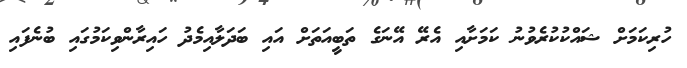
ހުރިކަމަށް ޝައްކުކުރެވުނު ކަމަށާއި އެރޭ އޭނަގެ ތަބީއަތަށް އައި ބަދަލާއިމެދު ހައިރާންވިކަމުގައި ބުނެފައި